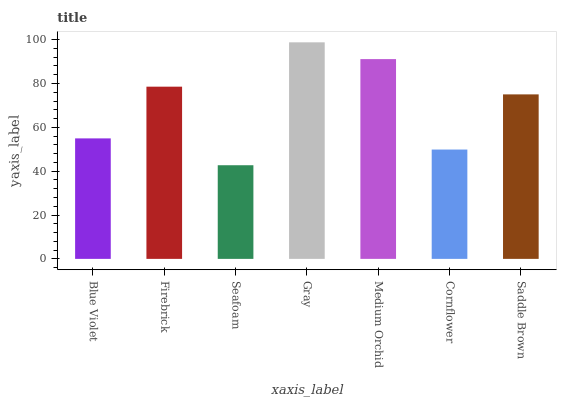
| xaxis_label | bars |
 | --- | --- |
 | Blue Violet | 55 |
 | Firebrick | 78.6 |
 | Seafoam | 42.7 |
 | Gray | 98.8 |
 | Medium Orchid | 91.1 |
 | Cornflower | 49.9 |
 | Saddle Brown | 75 |